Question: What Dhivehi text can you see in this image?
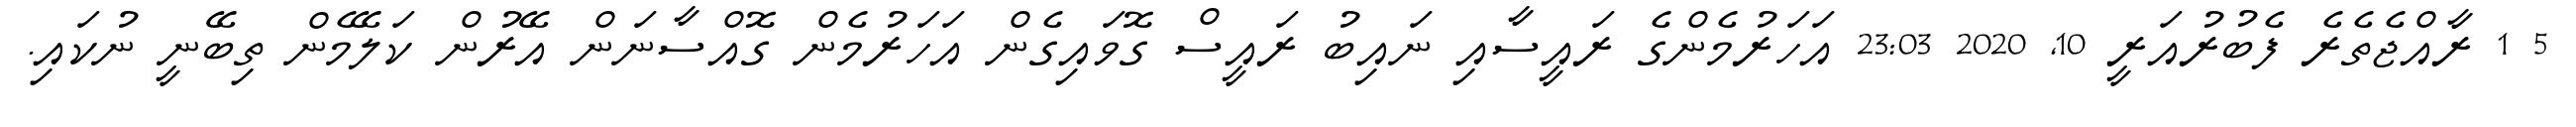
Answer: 5 1 ރާއްޖެތެރެ ފެބުރުއަރީ 10, 2020 23:03 އަހަރުމެންގެ ރައީސާއި ނައިބު ރައީސް ގޮވައިގެން އަހަރުމެން ގޮއްސާނަން އޭރުން ކަލޭމެން ތިބޭނީ ނުކައި.